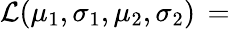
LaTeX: {\mathcal{L}}(\mu_{1},\sigma_{1},\mu_{2},\sigma_{2})\, =